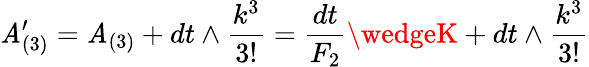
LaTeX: \mathit{A}_{(3)}^{\prime}=\mathit{A}_{(3)}+dt\wedge{\frac{{k^{3}}}{{3!}}}={\frac{{dt}}{{F_{2}}}}\wedgeK+dt\wedge{\frac{{k^{3}}}{{3!}}}